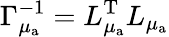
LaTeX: \Gamma_{\mu_{\mathrm{a}}}^{-1}=L_{\mu_{\mathrm{a}}}^{\mathrm{T}}L_{\mu_{\mathrm{a}}}